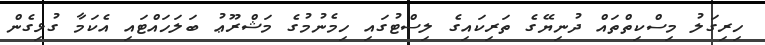
ހިރިގަލު މިސްކިތްތައް ދުނިޔޭގެ ތަރިކައިގެ ލިސްޓުގައި ހިމެނުމުގެ މަޝްރޫޢު ބަލަހައްޓައި އެކަމާ ގުޅިގެން